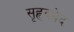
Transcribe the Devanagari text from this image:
सृहृदभेद